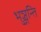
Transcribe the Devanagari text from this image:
भुञ्जन्ति